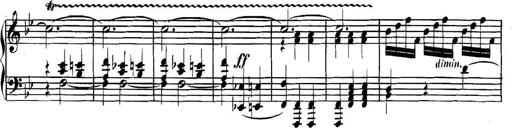
Title: Collected Piano Sonatas
Composer: Muzio Clementi